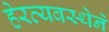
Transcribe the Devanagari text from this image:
हेरव्यवस्थेने